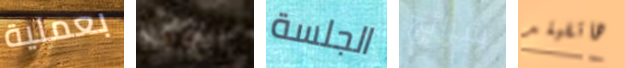
بعملية الأوردة الجلسة شرائح هاتفيلد